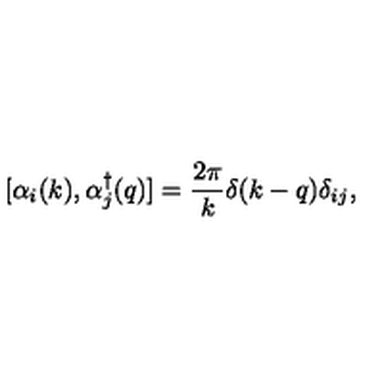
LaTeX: [ \alpha _ { i } ( k ) , \alpha _ { j } ^ { \dagger } ( q ) ] = \frac { 2 \pi } { k } \delta ( k - q ) \delta _ { i j } ,